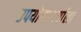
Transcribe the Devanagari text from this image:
उपयोगकर्त्याला